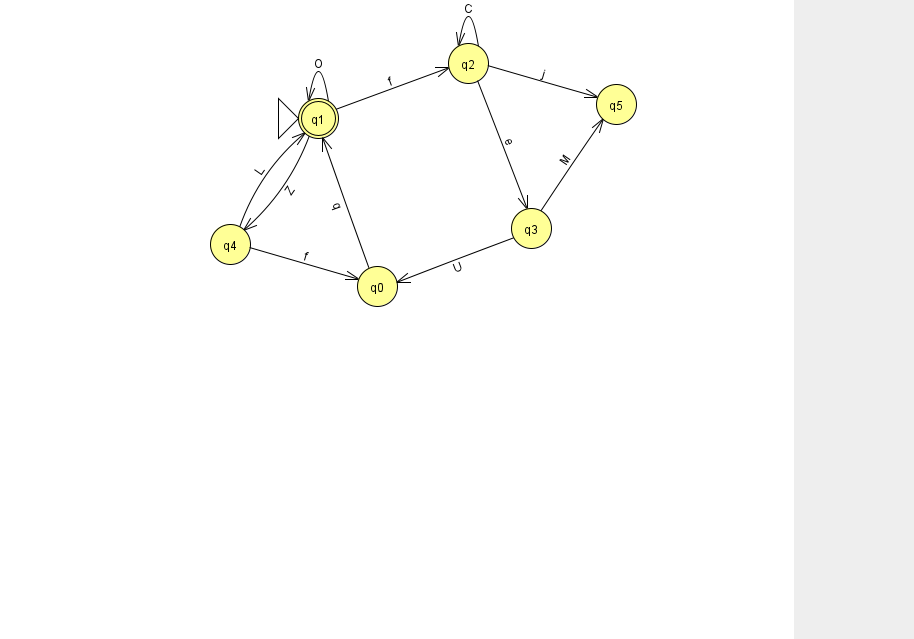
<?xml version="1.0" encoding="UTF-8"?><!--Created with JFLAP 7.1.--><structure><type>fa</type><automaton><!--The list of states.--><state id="0" name="q0"><x>377.0</x><y>273.0</y></state><state id="1" name="q1"><x>318.0</x><y>105.0</y><initial/><final/></state><state id="2" name="q2"><x>468.0</x><y>50.0</y></state><state id="3" name="q3"><x>531.0</x><y>215.0</y></state><state id="4" name="q4"><x>230.0</x><y>231.0</y></state><state id="5" name="q5"><x>616.0</x><y>91.0</y></state><!--The list of transitions.--><transition><from>2</from><to>2</to><read>C</read></transition><transition><from>4</from><to>1</to><read>L</read></transition><transition><from>1</from><to>4</to><read>Z</read></transition><transition><from>4</from><to>0</to><read>f</read></transition><transition><from>3</from><to>5</to><read>M</read></transition><transition><from>2</from><to>5</to><read>j</read></transition><transition><from>3</from><to>0</to><read>U</read></transition><transition><from>1</from><to>2</to><read>f</read></transition><transition><from>2</from><to>3</to><read>e</read></transition><transition><from>0</from><to>1</to><read>q</read></transition><transition><from>1</from><to>1</to><read>O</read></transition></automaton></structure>